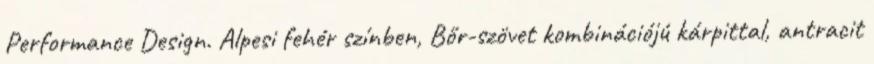
Performance Design. Alpesi fehér színben, Bőr-szövet kombinációjú kárpittal, antracit